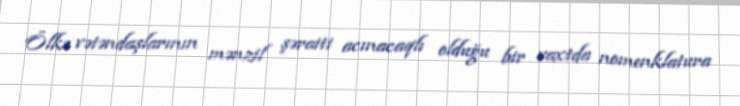
Ölkə vətəndaşlarının mənzil şəraiti acınacaqlı olduğu bir vaxtda nomenklatura